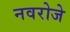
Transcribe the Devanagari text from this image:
नवरोजे